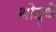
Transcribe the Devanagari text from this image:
थोद्थे